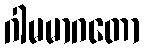
ဂါမမာဂတော